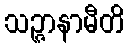
သဉ္ဇာနာမီတိ